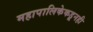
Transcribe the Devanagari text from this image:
महापालिकेकडूनही